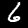
Digit: 6